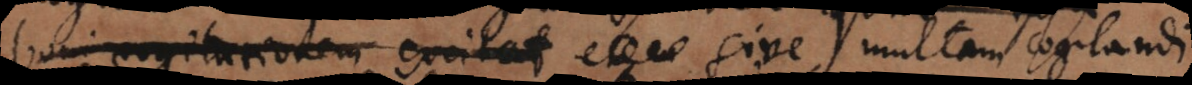
boni cogitationem excitat, sive multam cogitandi